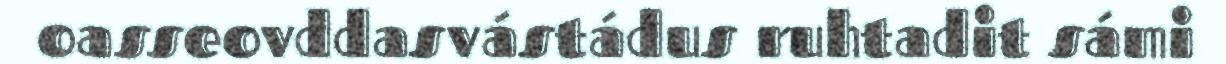
oasseovddasvástádus ruhtadit sámi